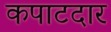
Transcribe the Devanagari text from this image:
कपाटदार